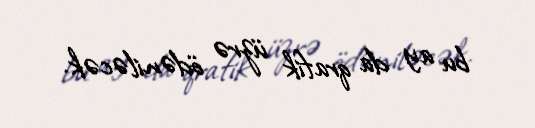
bu ay da qrafik üzrə ödəniləcək.